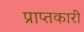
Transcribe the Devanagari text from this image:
प्राप्तकारी